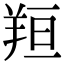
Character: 𦍼